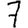
Digit: 7